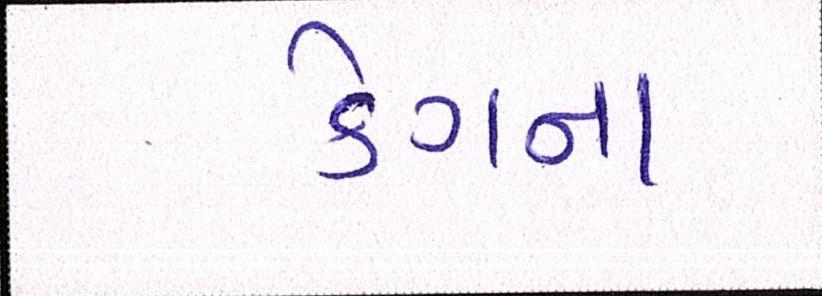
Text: કેગના